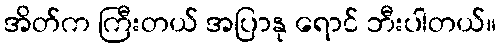
အိတ်က ကြီးတယ် အပြာနု ရောင် ဘီးပါတယ်။